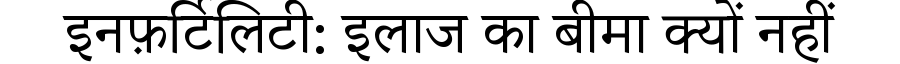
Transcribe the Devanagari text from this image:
इनफ़र्टिलिटी: इलाज का बीमा क्यों नहीं